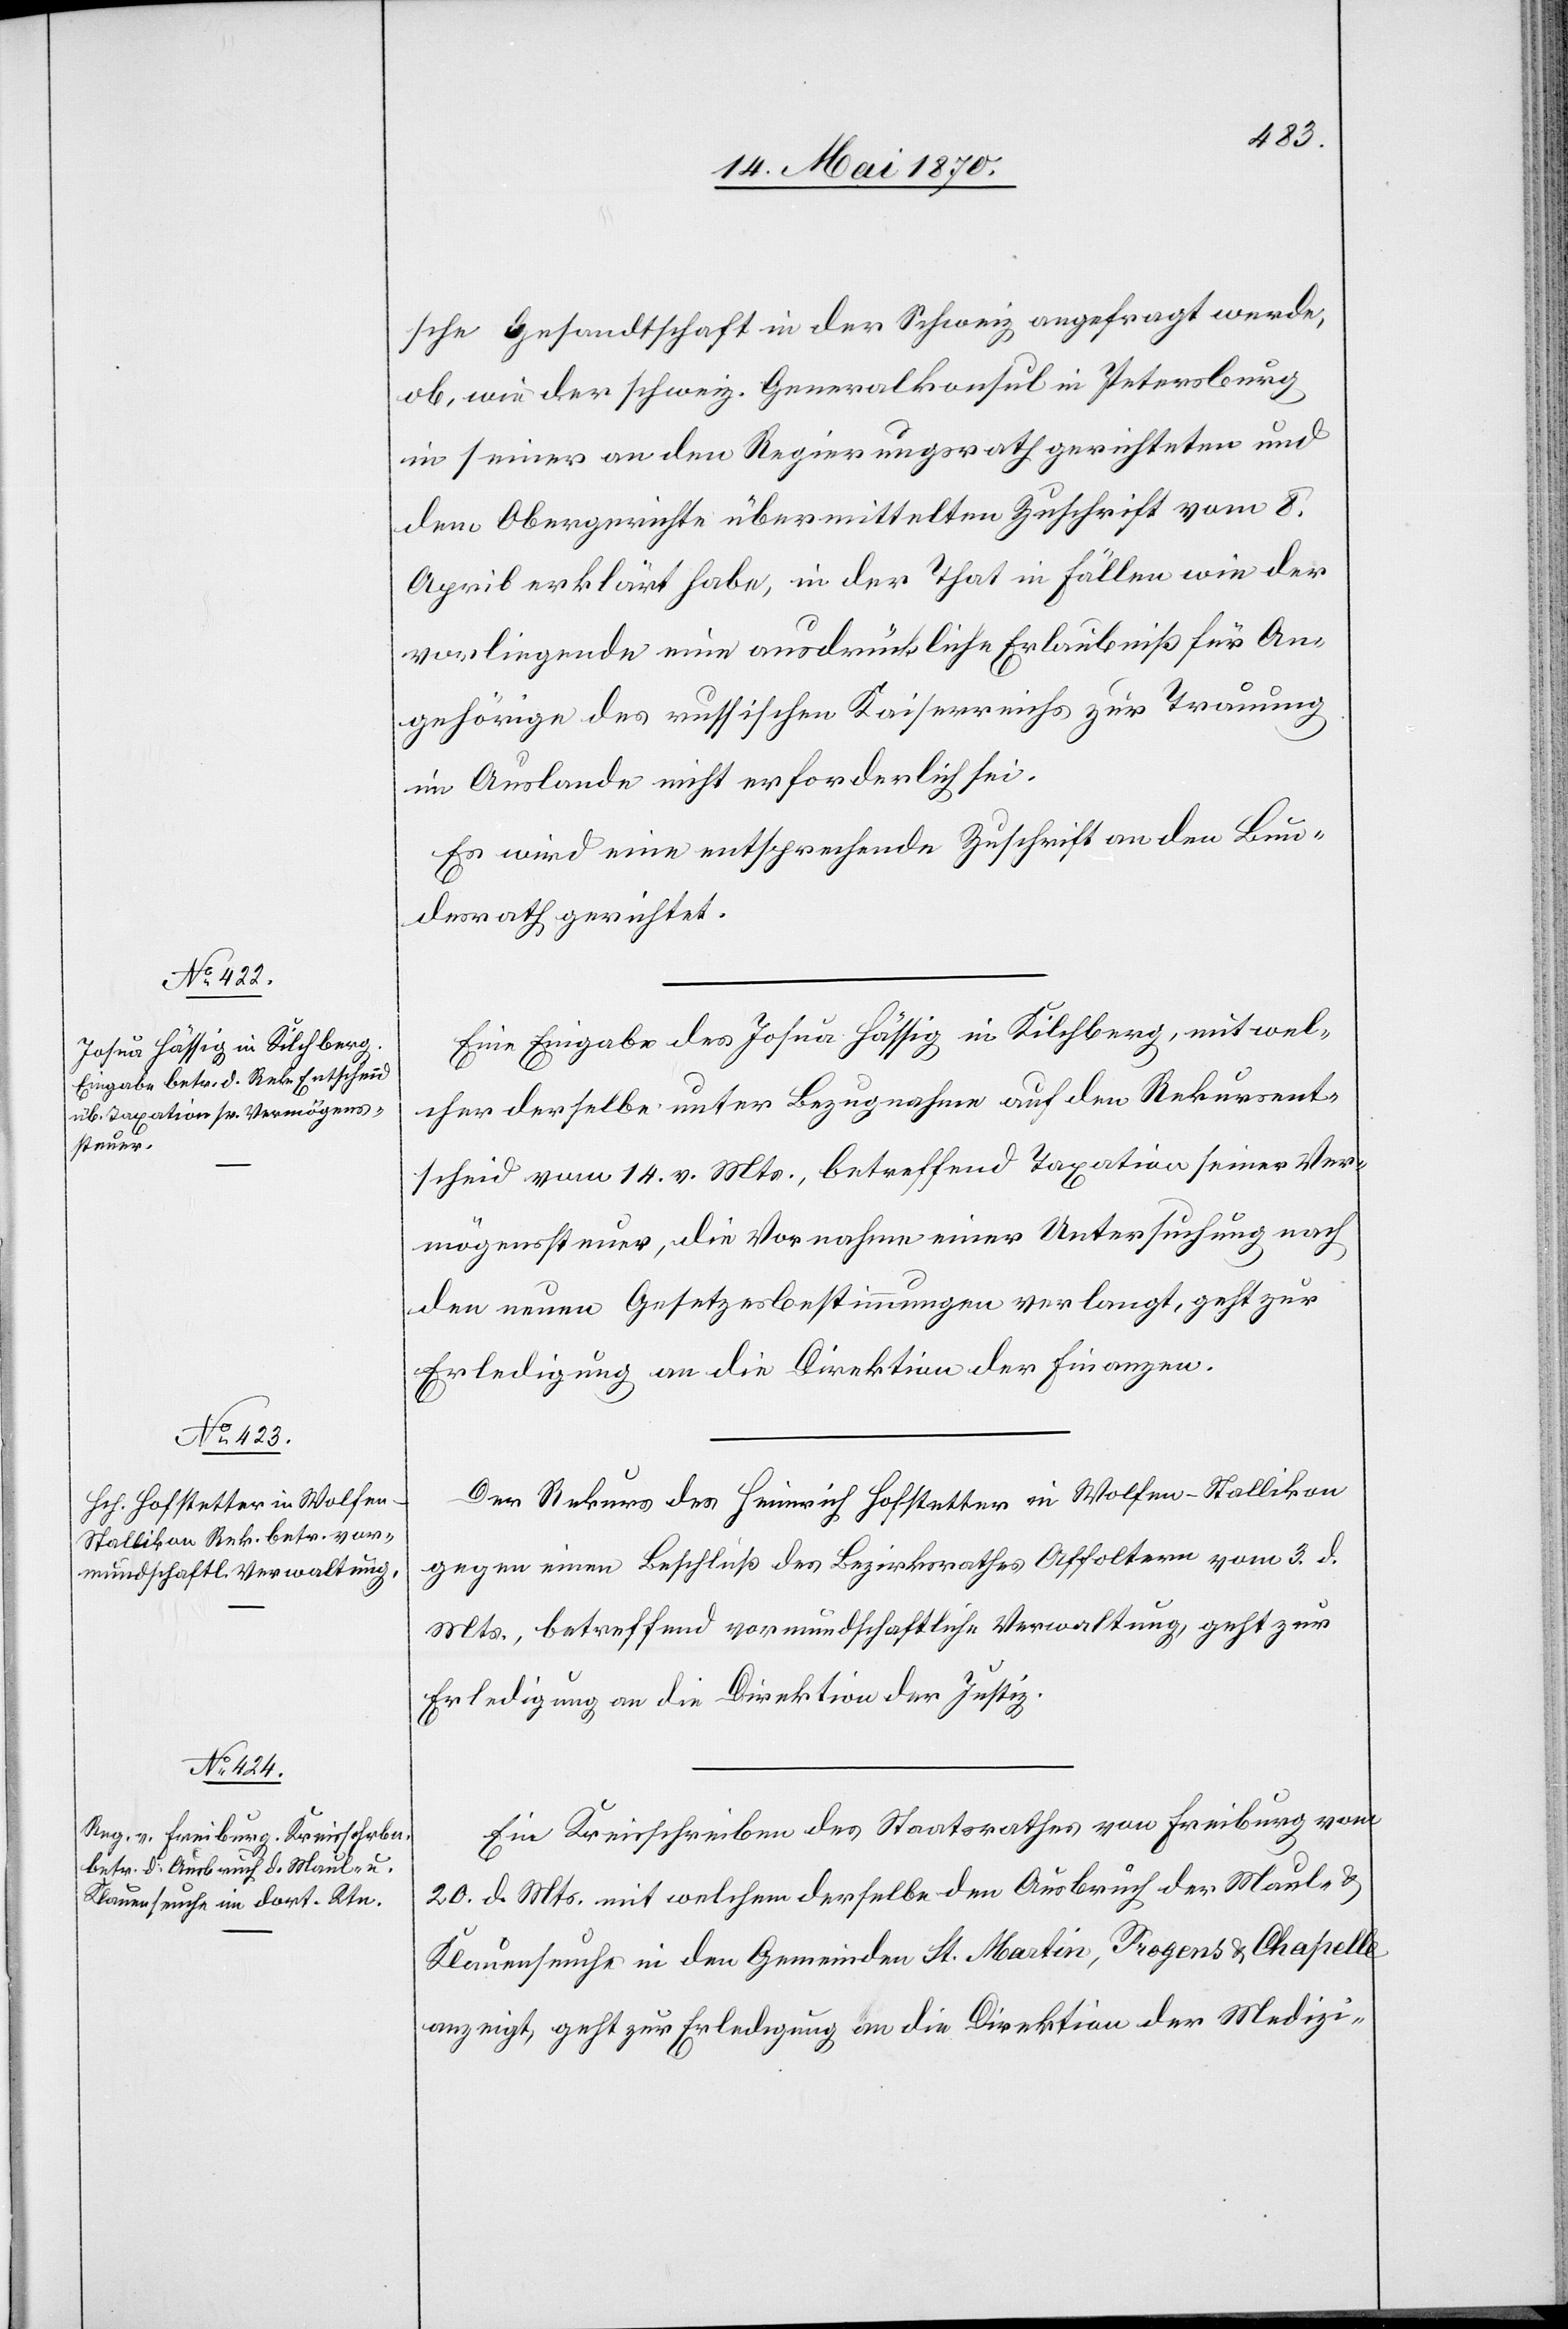
23. Mai 1870.]
sche Gesandtschaft in der Schweiz angefragt werde,
ob, wie der schweiz. Generalkonsul in Petersburg
in seiner an den Regierungsrath gerichteten und
dem Obergerichte übermittelten Zuschrift vom 8.
April erklärt habe, in der That in Fällen wie der
vorliegende nun ausdrückliche Erlaubniß für An¬
gehörige des russischen Kaiserreichs zur Trauung
im Auslande nicht erforderlich sei.
Eine Eingabe des Josua Hässig in Kilchberg, mit wel¬
cher derselbe unter Bezugnahme auf den Rekursent¬
scheid vom 14. v. Mts., betreffend Taxation seiner Ver¬
mögenssteuer, die Vornahme einer Untersuchung nach
den neuen Gesetzesbestimmungen verlangt, geht zur
Erledigung an die Direktion der Finanzen.
Der Rekurs des Heinrich Hofstetter in Wolfen - Stallikon
gegen einen Beschluß des Bezirksrathes Affoltern vom 3. d.
Mts., betreffend vormundschaftliche Verwaltung, geht zur
Erledigung an die Direktion der Justiz.
Ein Kreisschreiben des Staatsrathes von Freiburg vom
20. d. Mts. mit welchem derselbe den Ausbruch der Maul- &
Klauenseuche in den Gemeinden St. Martin, Progens & Chapelle
anzeigt, geht zur Erledigung an die Direktion der Medizi-